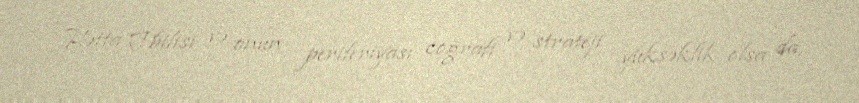
Hətta Tbilisi və onun periferiyası coğrafi və strateji yüksəklik olsa da,